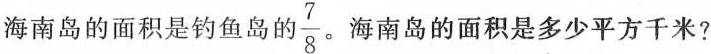
海南岛的面积是钓鱼岛的 $$\frac{7}{8}$$。 海南岛的面积是多少平方千米?